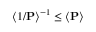
\left< 1 / \mathbf { P } \right> ^ { - 1 } \le \left< \mathbf { P } \right>